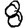
Digit: 8